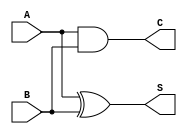
module CarryLookaheadHalfAdder (
    input wire A,  // Single-bit input A
    input wire B,  // Single-bit input B
    output wire S, // Sum output
    output wire C  // Carry output
);

// Sum calculated using XOR operation
assign S = A ^ B;

// Carry calculated using AND operation
assign C = A & B;

endmodule